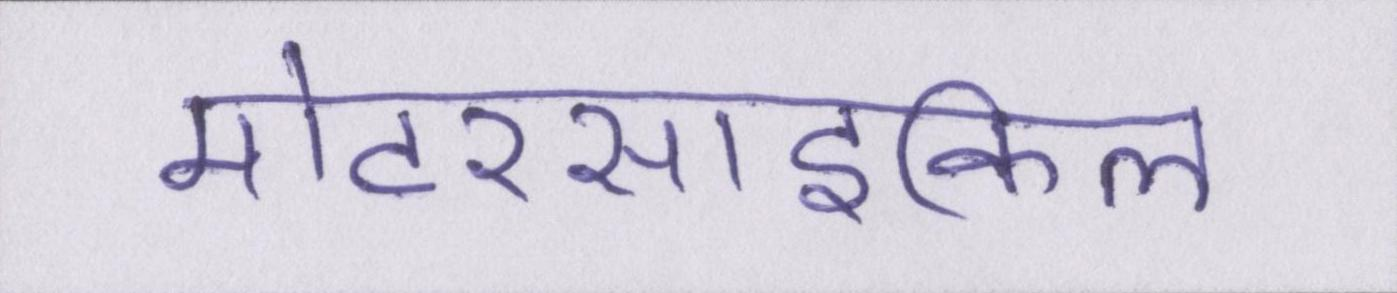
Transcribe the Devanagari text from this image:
मोटरसाइकिल